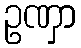
ဥဏှာ